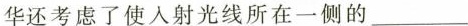
华还考虑了使入射光线所在一侧的___